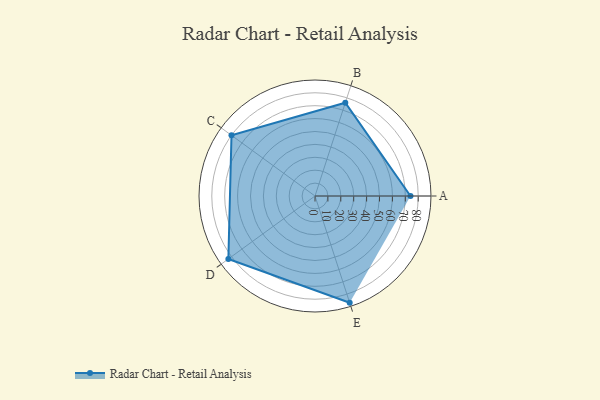
{"axis": {"x": "Skill", "y": "Score"}, "legend": ["Profile"], "data": [{"x": "A", "y": 74.0, "type": "Profile"}, {"x": "B", "y": 76.0, "type": "Profile"}, {"x": "C", "y": 80.0, "type": "Profile"}, {"x": "D", "y": 83.0, "type": "Profile"}, {"x": "E", "y": 87.0, "type": "Profile"}]}